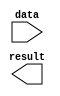
module multiNOT (
	data,
	result);

	input	[6:0]  data;
	output	[6:0]  result;

endmodule